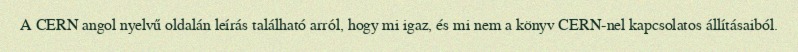
A CERN angol nyelvű oldalán leírás található arról, hogy mi igaz, és mi nem a könyv CERN-nel kapcsolatos állításaiból.